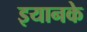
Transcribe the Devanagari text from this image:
इयानके